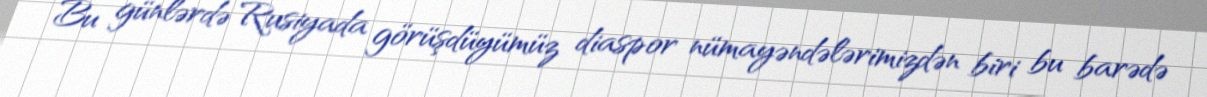
Bu günlərdə Rusiyada görüşdüyümüz diaspor nümayəndələrimizdən biri bu barədə